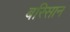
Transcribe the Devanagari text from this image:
बरिसान